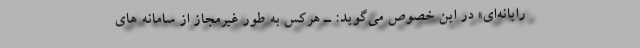
رایانه‌ای» در این خصوص می‌گوید: ـ هرکس به طور غیرمجاز از سامانه های